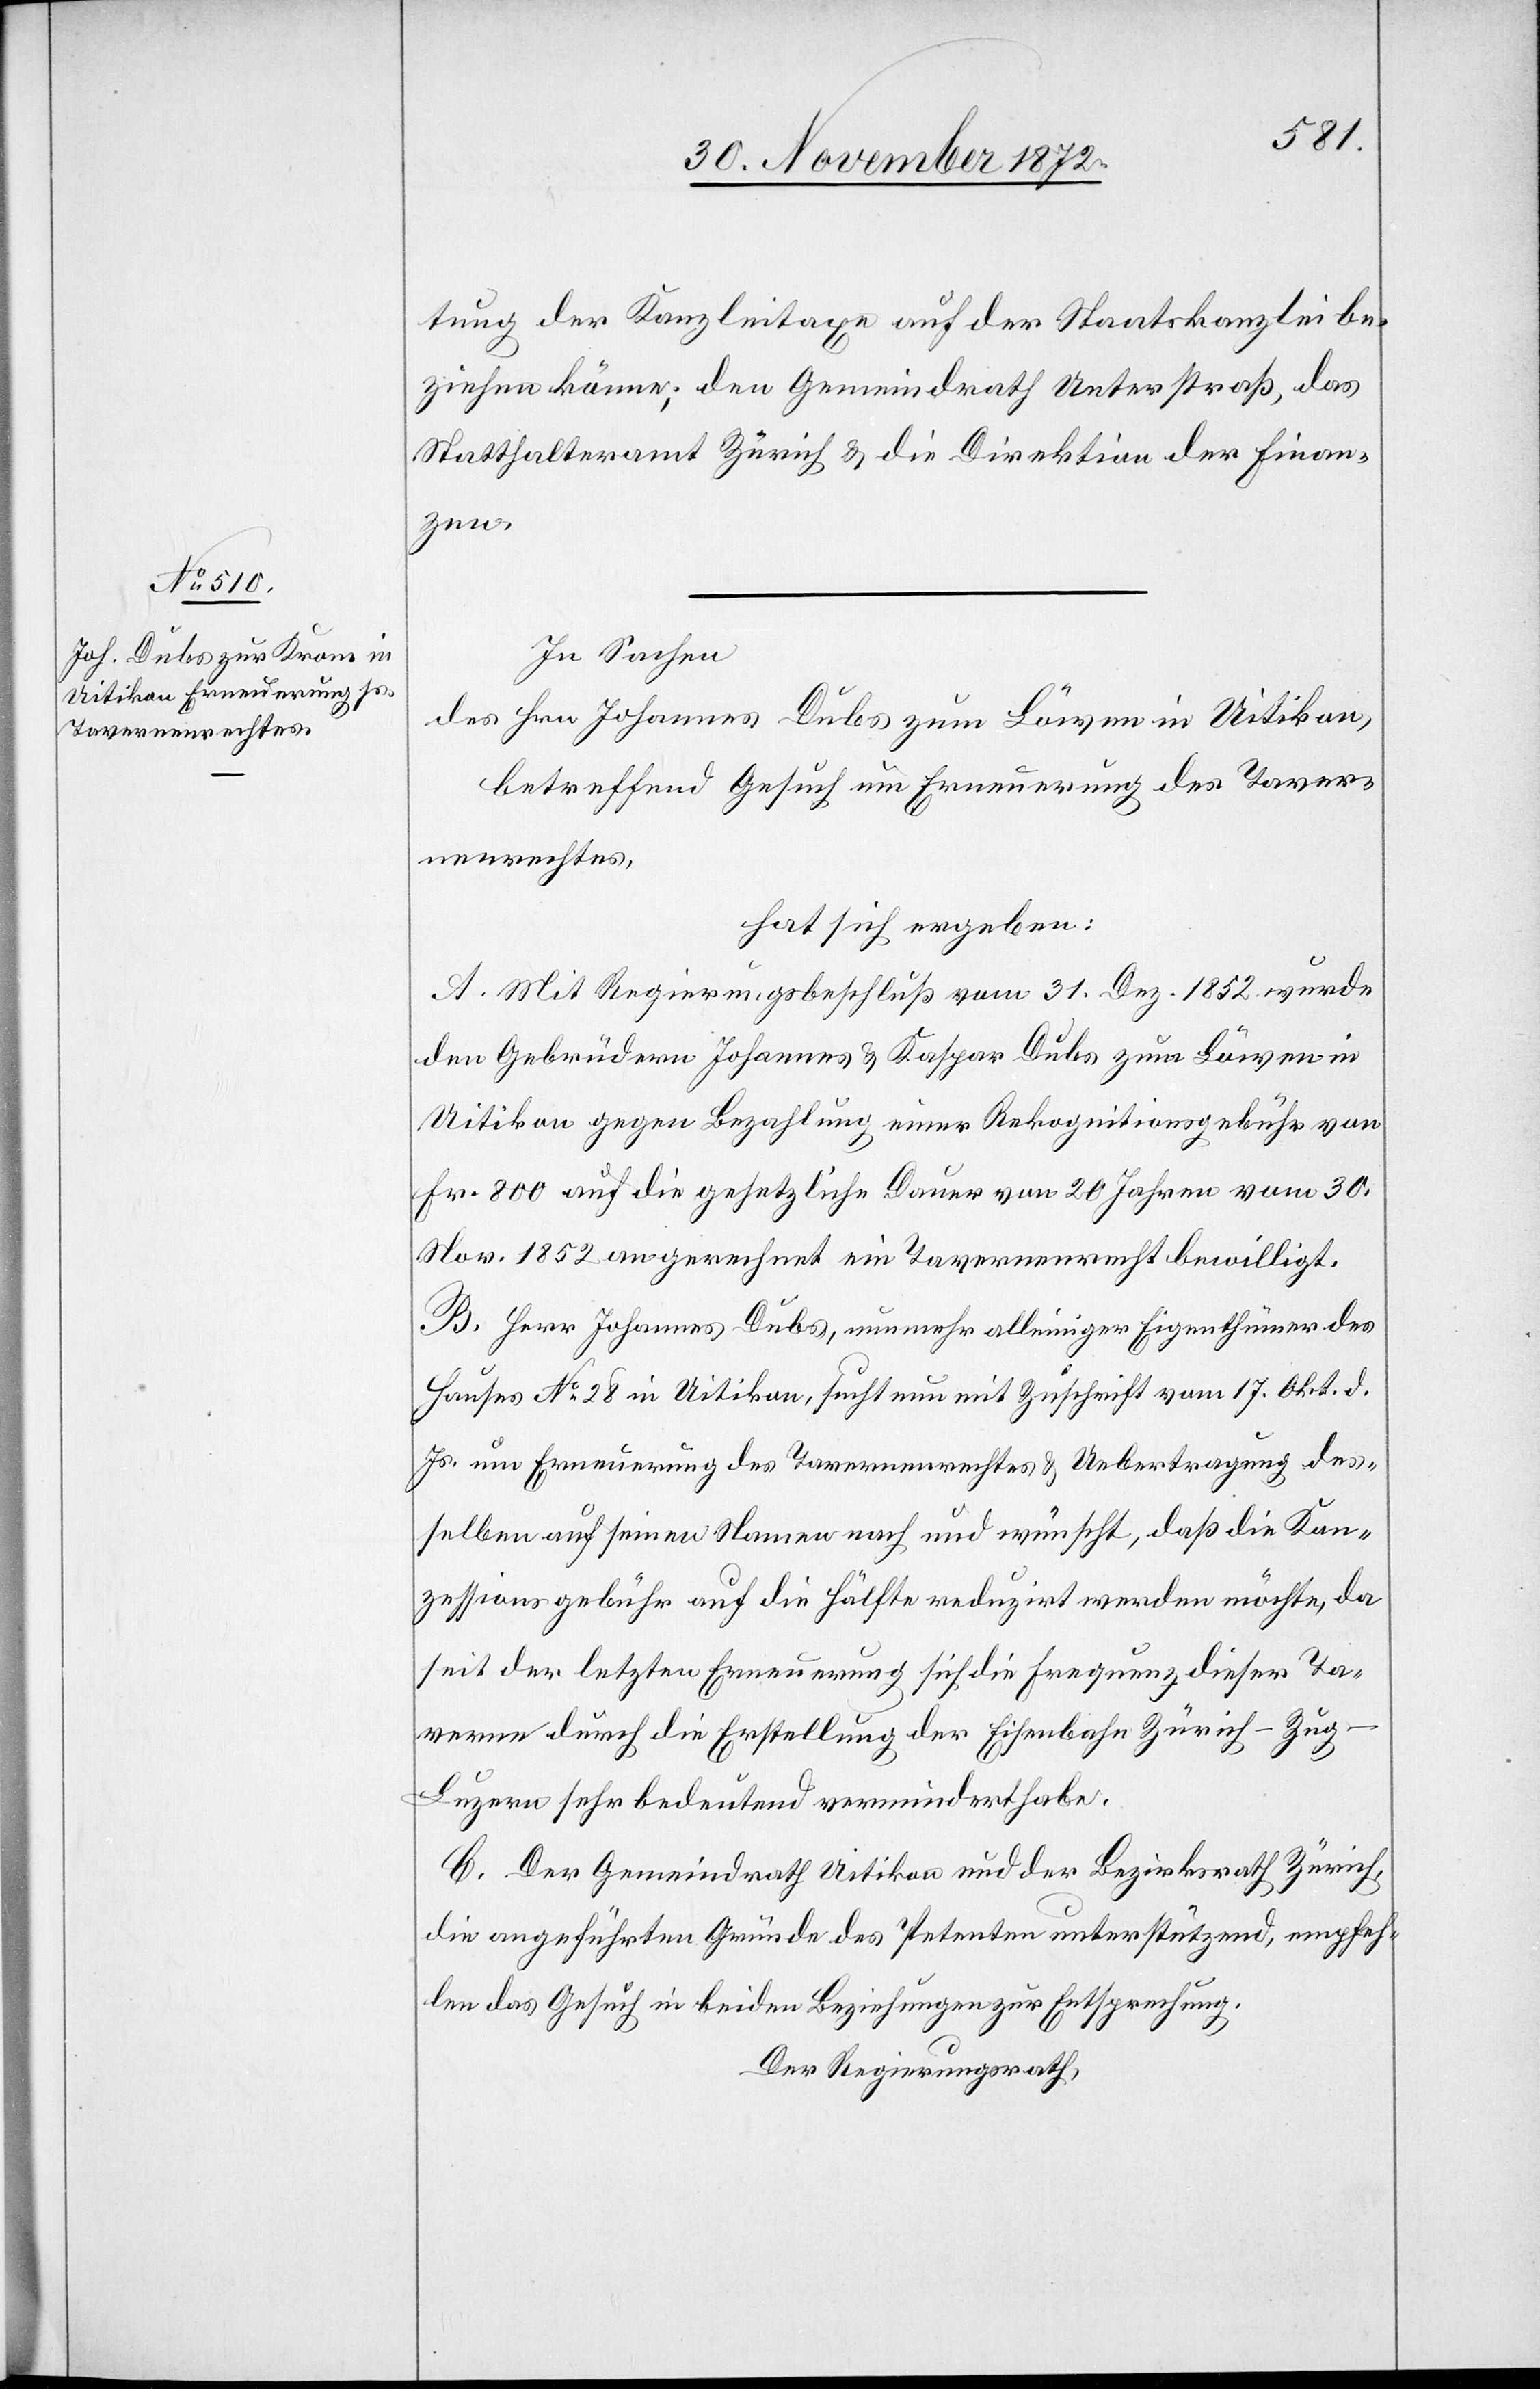
tung der Kanzleitaxe auf der Staatskanzlei be¬
ziehen könne; den Gemeindrath Unterstraß, das
Statthalteramt Zürich u. die Direktion der Finan¬
zen.
In Sachen
des Hrn. Johannes Dubs zum Löwen in Uitikon,
betreffend Gesuch um Erneuerung des Taver¬
nenrechtes,
hat sich ergeben:
A. Mit Regierungsbeschluß vom 31. Dez. 1852 wurde
den Gebrüdern Johannes u. Kaspar Dubs zum Löwen in
Uitikon gegen Bezahlung einer Rekognitionsgebühr von
Fr. 800 auf die gesetzliche Dauer von 20 Jahren vom 30.
Nov. 1852 an gerechnet ein Tavernenrecht bewilligt.
B. Herr Johannes Dubs, nunmehr alleiniger Eigenthümer des
Hauses No 28 in Uitikon, sucht nun mit Zuschrift vom 17. Okt. d.
Js. um Erneuerung des Tavernenrechtes u. Uebertragung des¬
selben auf seinen Namen nach und wünscht, daß die Kon¬
zessionsgebühr auf die Hälfte reduzirt werden möchte, da
seit der letzten Erneuerung sich die Frequenz dieser Ta¬
verne durch die Erstellung der Eisenbahn Zürich–Zu¬
g–Luzern sehr bedeutend vermindert habe.
C. Der Gemeindrath Uitikon und der Bezirksrath Zürich,
die angeführten Gründe des Petenten unterstützend, empfeh¬
len das Gesuch in beiden Beziehungen zur Entsprechung.
Der Regierungsrath,